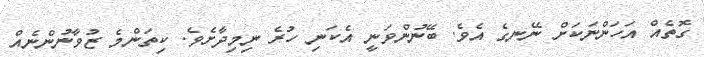
ގޮތެއް އަހަންނަކަށް ނޭނގެ އެވެ. ބޭނުންވަނީ އެކަނި ހުރެ ނިމިދާށެވެ. ކިތަންމެ ޒުވާނުންނެއް